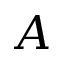
A